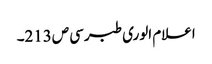
اعلام الوری طبرسی ص213۔